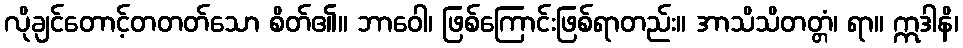
လိုချင်တောင့်တတတ်သော စိတ်၏။ ဘာဝေါ၊ ဖြစ်ကြောင်းဖြစ်ရာတည်း။ အာသိသိတတ္တံ၊ ရာ။ ဣဒါနိ၊